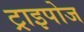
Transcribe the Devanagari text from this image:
ट्राइपोज